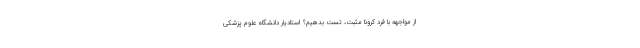
از مواجهه با فرد کرونا مثبت، تست بدهیم؟ استادیار دانشگاه علوم پزشکی